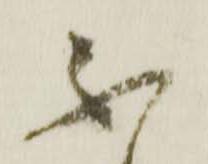
不